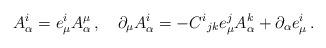
LaTeX: \begin{align*}A^{i}_{\alpha}=e^{i}_{\mu}A^{\mu}_{\alpha}\,,\quad\partial_{\mu}A^{i}_{\alpha}=-C^{i}{}_{jk}e^{j}_{\mu}A^{k}_{\alpha}+\partial_{\alpha}e^{i}_{\mu}\,.\end{align*}